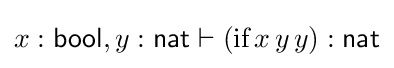
x:{\mathsf {bool}},y:{\mathsf {nat}}\vdash ({\textrm {if}}\,x\,y\,y):{\mathsf {nat}}